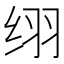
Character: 䌻